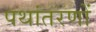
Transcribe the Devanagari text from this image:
पथांतरणों